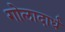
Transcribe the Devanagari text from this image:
गोलादार्ध